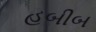
હબીબ